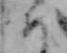
め